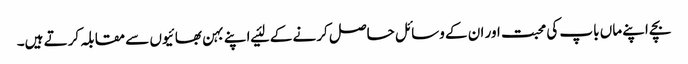
بچے اپنے ماں باپ کی محبت اور ان کے وسائل حاصل کرنے کے لئیے اپنے بہن بھائیوں سے مقابلہ کرتے ہیں۔